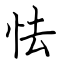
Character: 怯